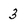
Character: 3